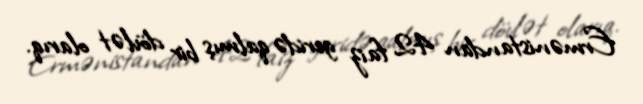
Ermənistandan 42 faiz geridə qalmış bir dövlət olarıq.